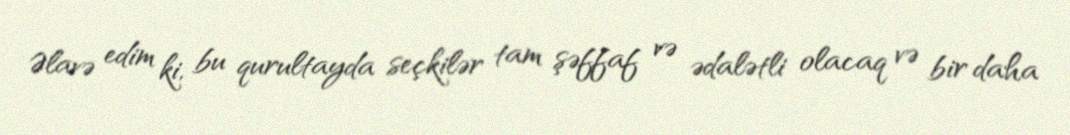
Əlavə edim ki, bu qurultayda seçkilər tam şəffaf və ədalətli olacaq və bir daha